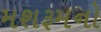
મશરૂમનો